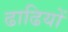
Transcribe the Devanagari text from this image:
ढाढियों